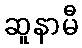
ဆူနာမီ